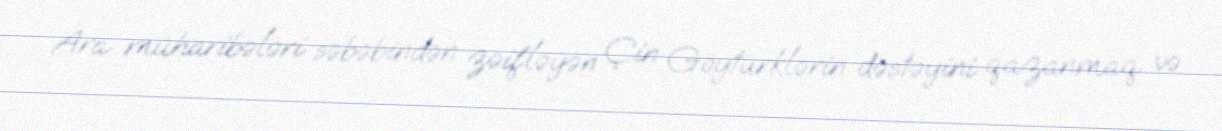
Ara müharibələri səbəbindən zəifləyən Çin Göytürklərin dəstəyini qazanmaq və